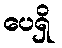
ပေရှိ